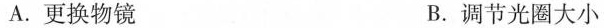
A.更换物镜 B.调节光圈大小